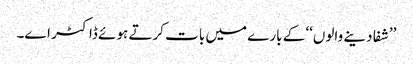
’’شفا دینے والوں‘‘ کے بارے میں بات کرتے ہوئے ڈاکٹر اے۔